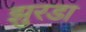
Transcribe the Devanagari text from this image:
झुरडा